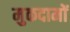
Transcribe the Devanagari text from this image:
मुकदामों